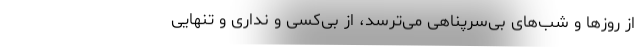
از روزها و شب‌های بی‌سرپناهی می‌ترسد، از بی‌کسی و نداری و تنهایی